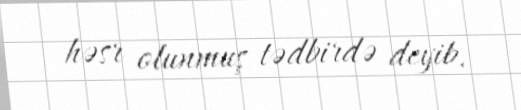
həsr olunmuş tədbirdə deyib.